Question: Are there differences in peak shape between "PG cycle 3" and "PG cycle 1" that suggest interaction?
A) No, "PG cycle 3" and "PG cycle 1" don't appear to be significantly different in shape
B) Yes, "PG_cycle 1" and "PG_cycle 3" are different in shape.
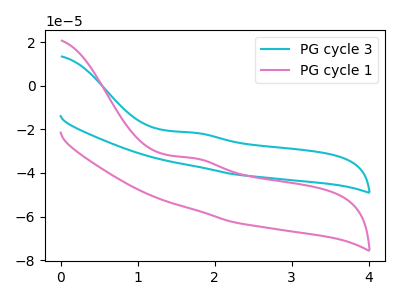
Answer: <think>The cyan curve "PG cycle 3" has an anodic peak at: (1.75V, -21.60uA). The pink curve "PG cycle 1" has an anodic peak at: (1.75V, -33.30uA).
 All the peaks in "PG cycle 3" have a peak in "PG cycle 1" at the same potential. Every peak in "PG cycle 3" is higher than every peak in "PG cycle 1".</think>
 <answer>A) No, "PG cycle 3" and "PG cycle 1" don't appear to be significantly different in shape</answer>
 <eval>A</eval>